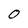
Character: 0